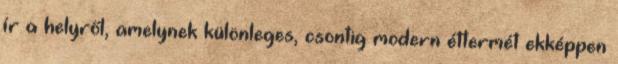
ír a helyről, amelynek különleges, csontig modern éttermét ekképpen